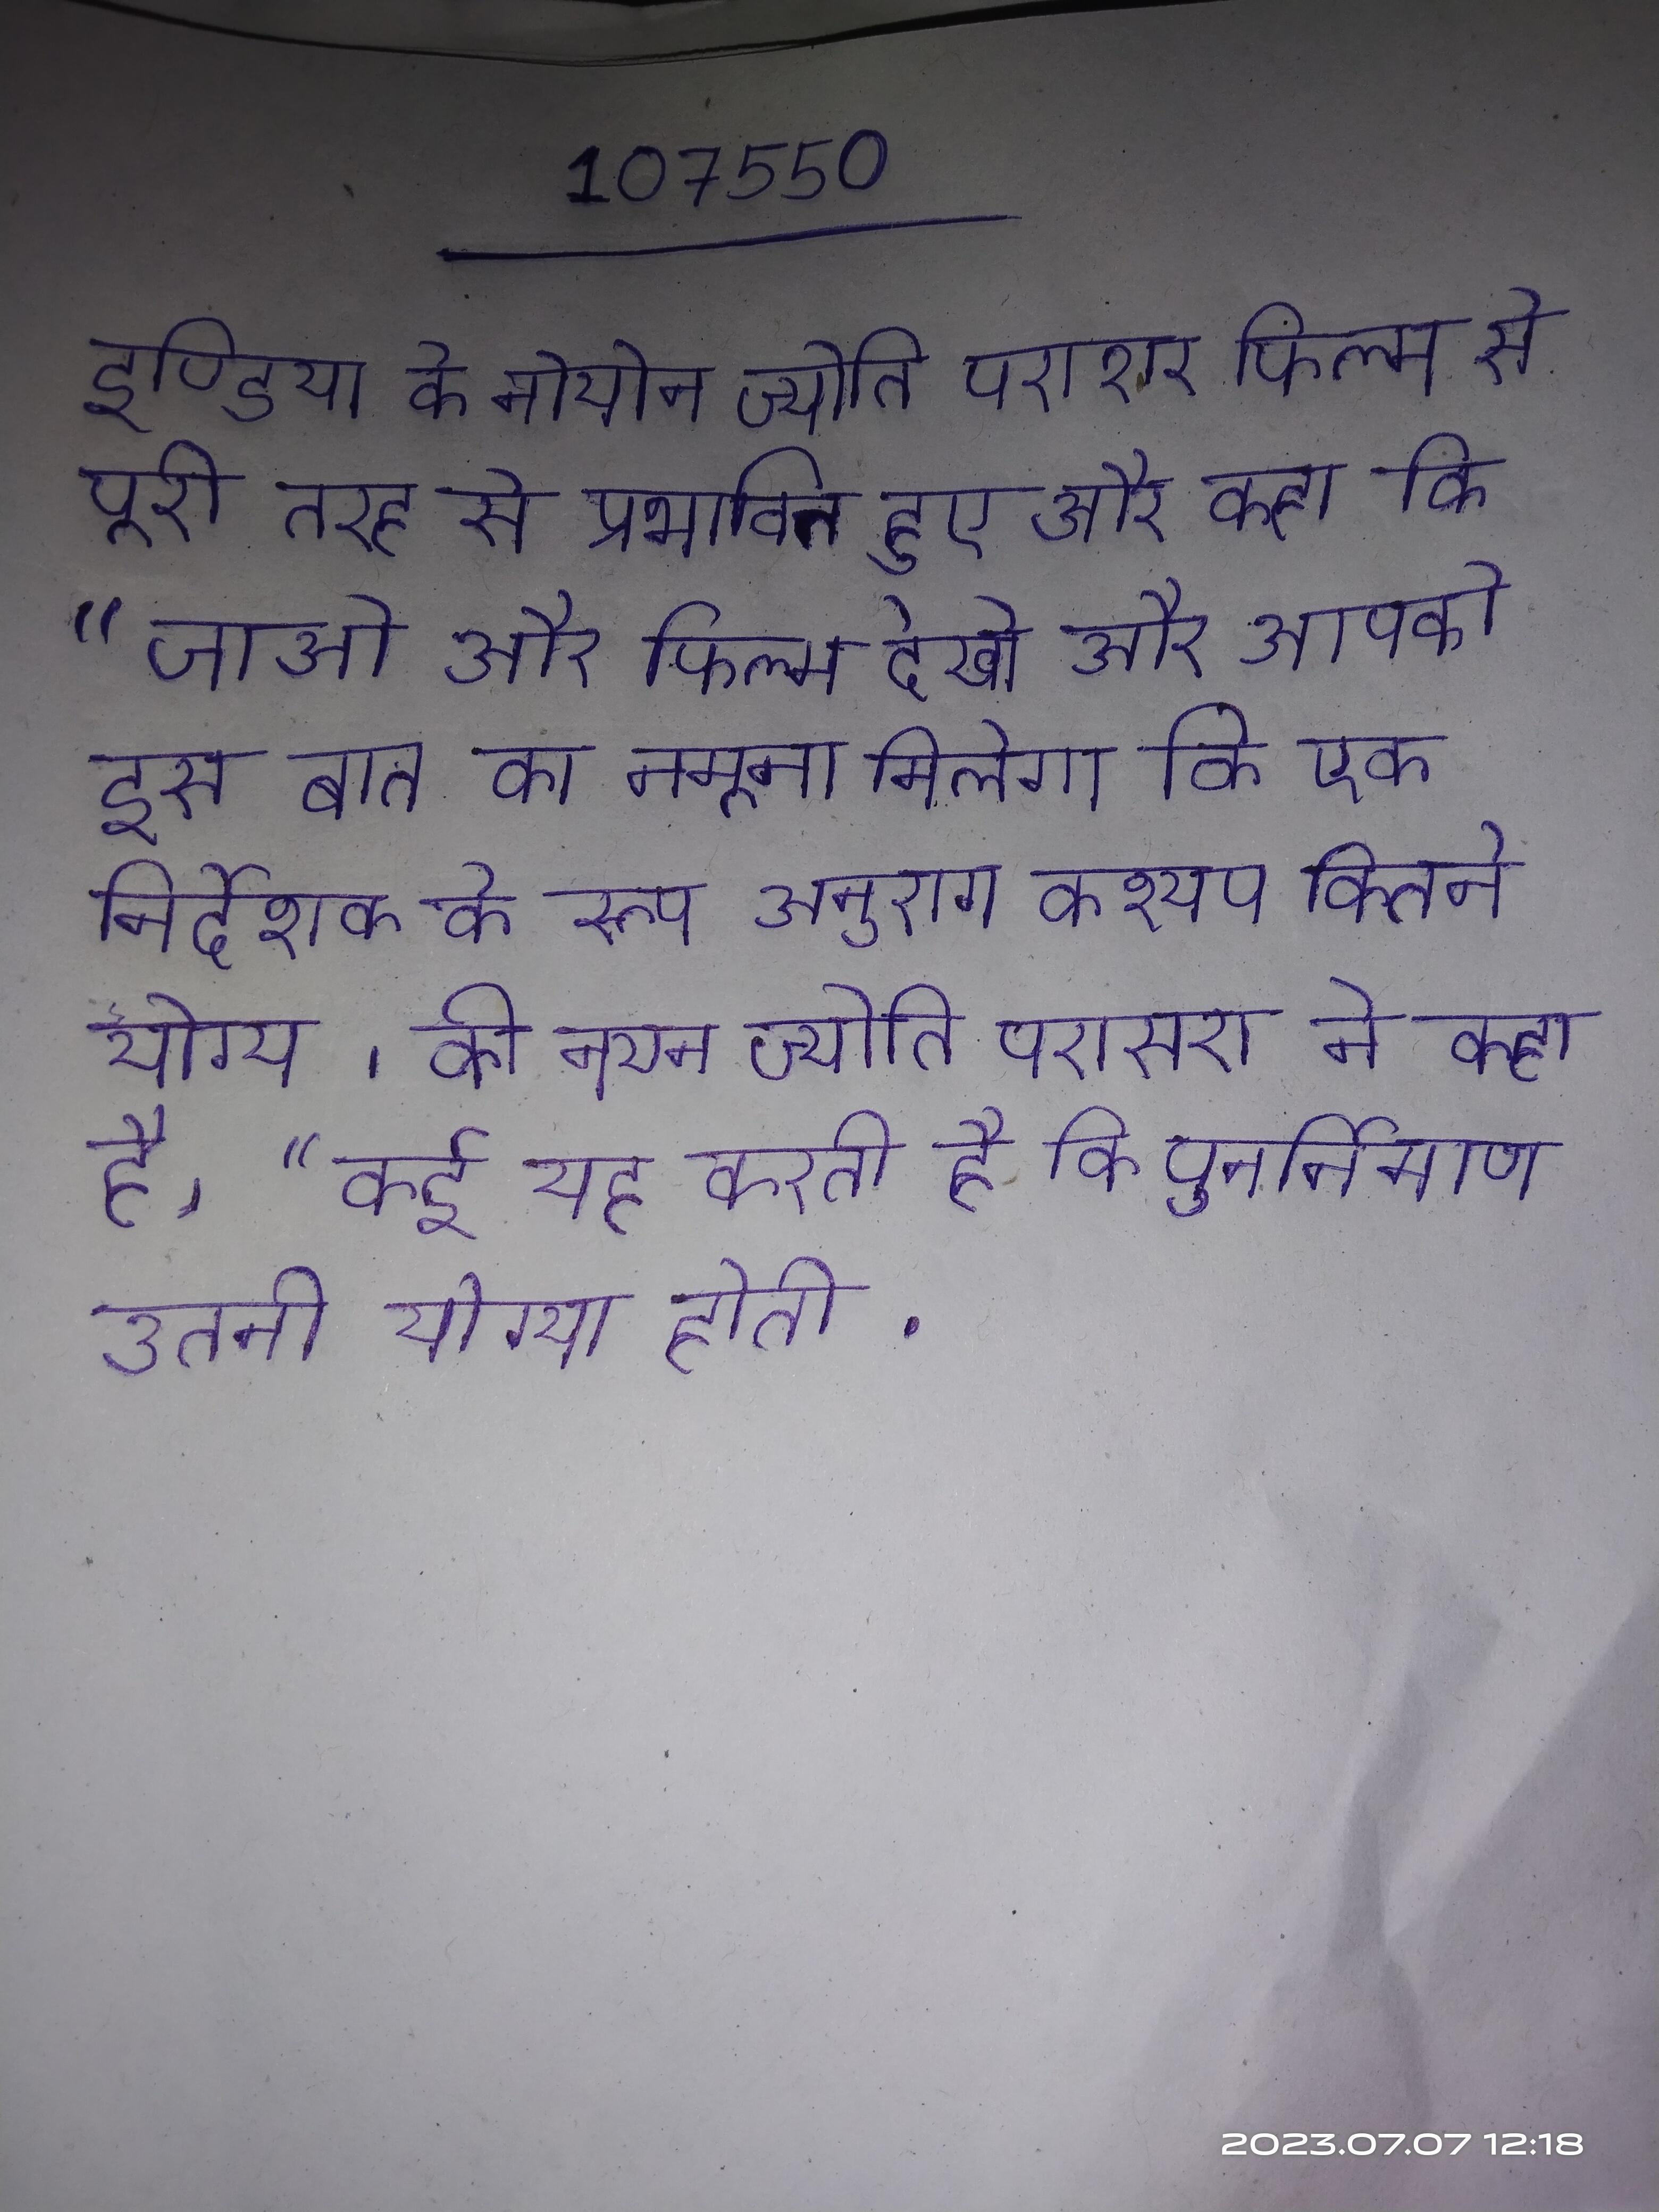
इण्डिया के नोयोन ज्योति पराशर फिल्म से पूरी तरह से प्रभावित हुए और कहा कि "जाओ और फिल्म देखो और आपको इस बात का नमूना मिलेगा कि एक निर्देशक के रूप अनुराग कश्यप कितने योग्य । की नयन ज्योति परासरा ने कहा है, "कई यह करती है कि पुनर्निमाण उतनी योग्य होती .